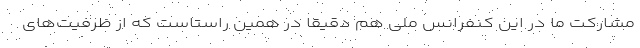
مشارکت ما در این کنفرانس ملی هم دقیقا در همین راستاست که از ظرفیت‌های